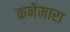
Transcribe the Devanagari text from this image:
कनेमारा